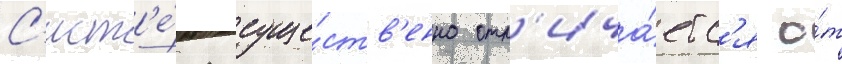
С'ист'е́ма суще́ств'енно отл'ича́етс'я о́т